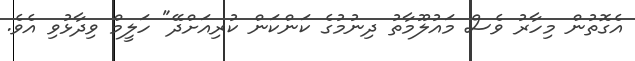
އެގޮތުން މިހާރު ވެސް މައުލޫމާތު ދިނުމުގެ ކަންކަން ކުރިއަށްދޭ" ހަލީމް ވިދާޅުވި އެވެ.